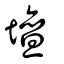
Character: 壇